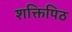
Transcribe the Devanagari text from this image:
शक्तिपिठ